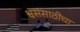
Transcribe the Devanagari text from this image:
श्वसंसाठीचा